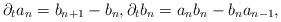
LaTeX: \begin{align*}\partial_t a_n=b_{n+1}-b_n,\partial_t b_n=a_nb_n-b_na_{n-1}, \end{align*}